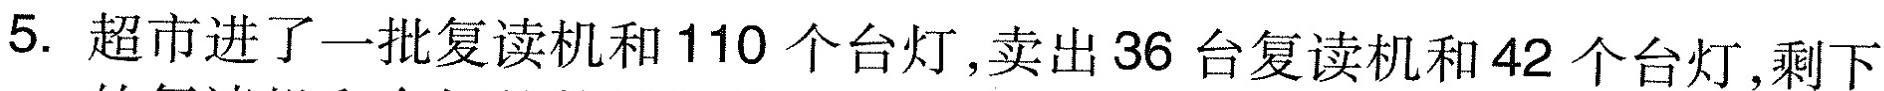
5.超市进了一批复读机和110个台灯，卖出36台复读机和42个台灯，剩下